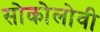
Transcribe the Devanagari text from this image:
सोकोलोवी